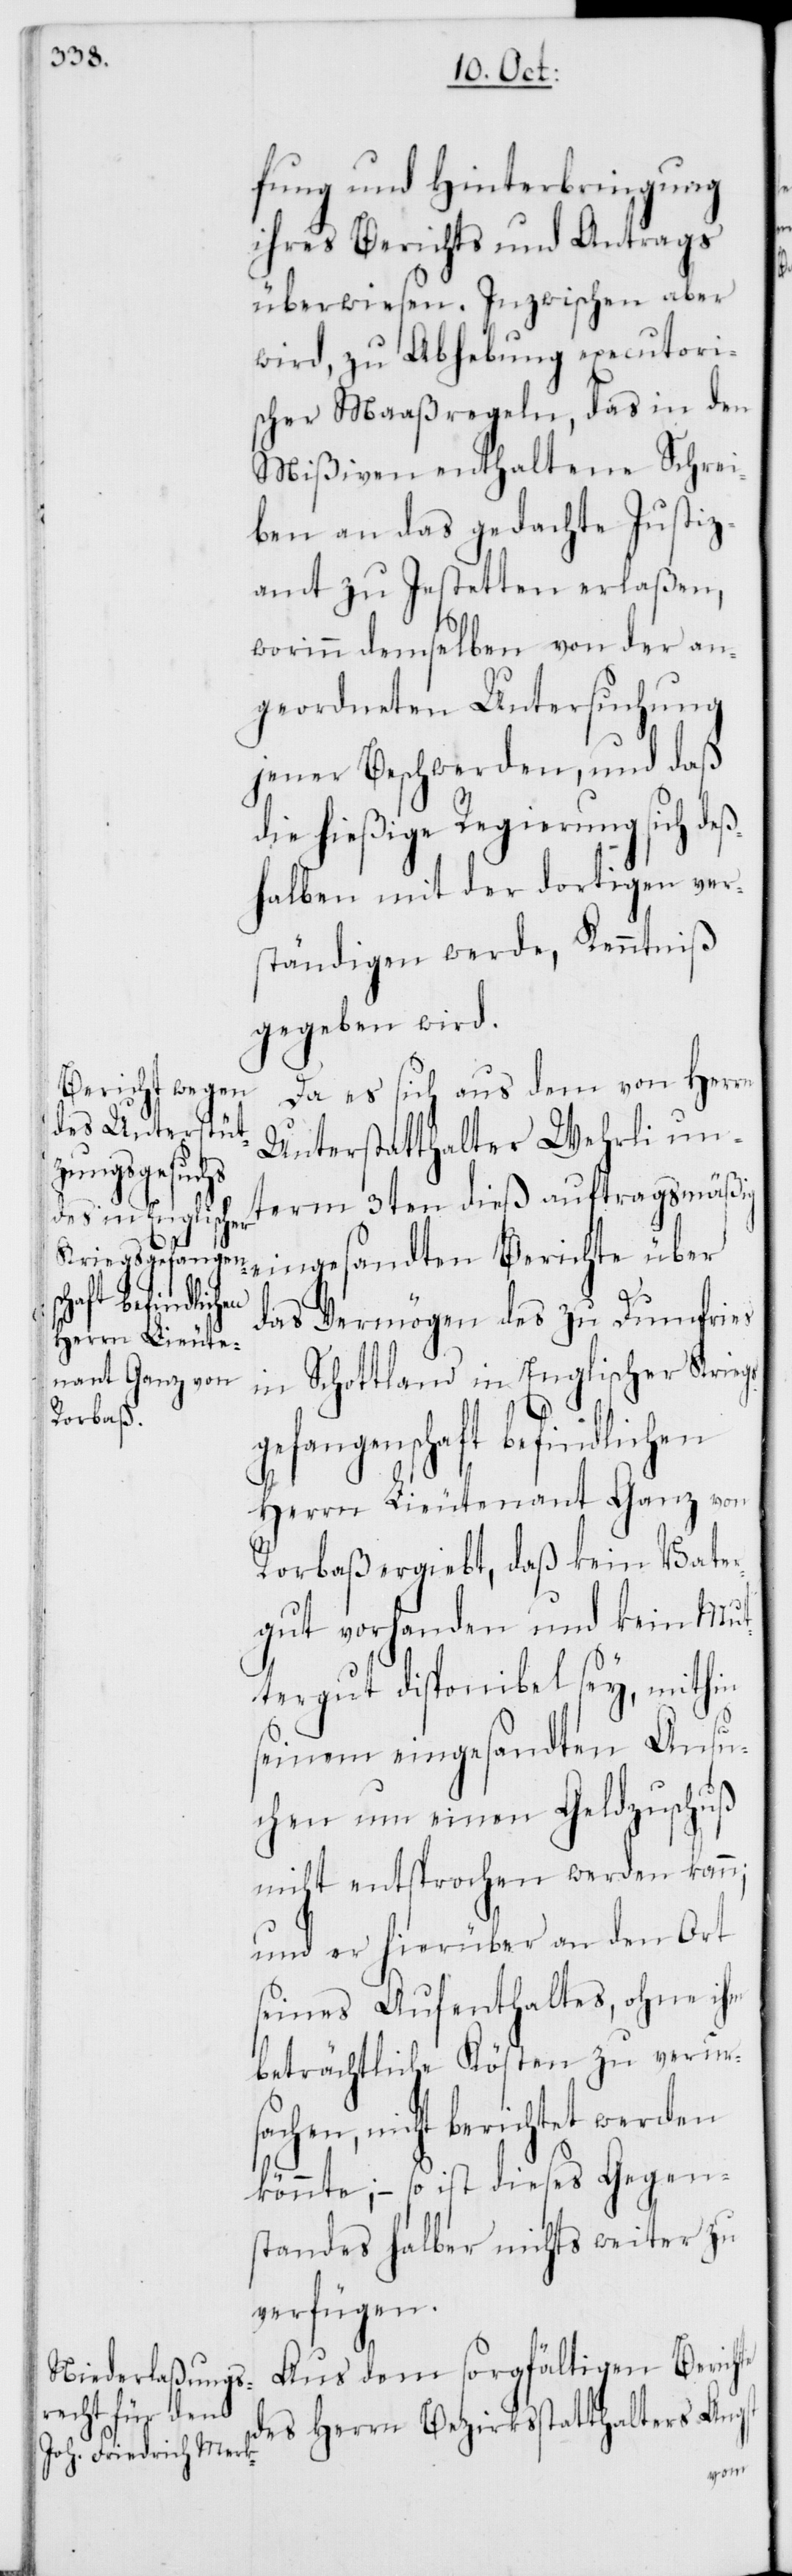
te

fung und Hinterbringung
ihres Berichts und Antrags
überwiesen. Inzwischen aber
wird, zu Abhebung executori¬
scher Maaßregeln, das in den
Mißiven enthaltene Schrei¬
ben an das gedachte Justiz¬
amt zu Jestetten erlaßen,
worinn demselben von der an¬
geordneten Untersuchung
jener Beschwerden, und daß
die hießige Regierung sich de¬
ßhalben mit der dortigen ver¬
ständigen werde, Kenntniß
gegeben wird.
Da es sich aus dem von Herrn
Unterstatthalter Wehrli un¬
term 3ten dieß auftragsmäßig
eingesandten Berichte über
das Vermögen des zu Dumfries
in Schottland in Englischer Krieg¬
efangenschaft befindlichen
Herrn Lieutenant Ganz von
Rorbaß ergiebt, daß kein Vater¬
gut vorhanden und kein Mut¬
tergut disponibel sey, mithin
seinem eingesandten Ansu¬
chen um einen Geldzuschuß
nicht entsprochen werden kann;
und er hierüber an den Ort
seines Aufenthaltes, ohne ihm
beträchtliche Kösten zu verurs¬
achen, nicht berichtet werden
könnte; – so ist dieses Gegen¬
standes halber nichts weiter zu
verfügen.
Aus dem sorgfältigen Berich¬
des Herrn Bezirksstatthalters Angst